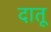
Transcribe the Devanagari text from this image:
दातू